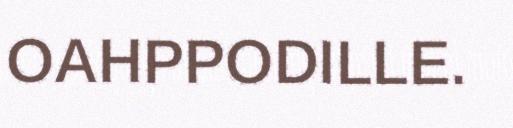
OAHPPODILLE.